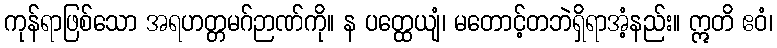
ကုန်ရာဖြစ်သော အရဟတ္တမဂ်ဉာဏ်ကို။ န ပတ္ထေယျံ၊ မတောင့်တဘဲရှိရာအံ့နည်း။ ဣတိ ဧဝံ၊